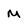
Character: m